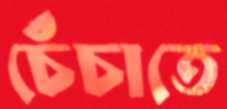
চেঁচাতে